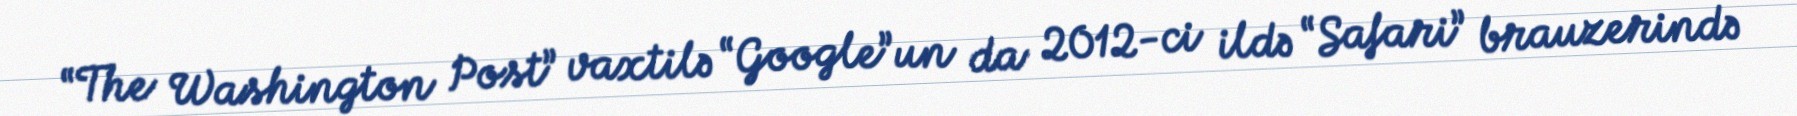
“The Washington Post” vaxtilə “Google”un da 2012-ci ildə “Safari” brauzerində